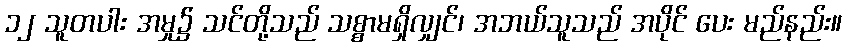
၁၂ သူတပါး အမှု၌ သင်တို့သည် သစ္စာမရှိလျှင်၊ အဘယ်သူသည် အပိုင် ပေး မည်နည်း။